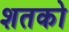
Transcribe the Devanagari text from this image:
शतको